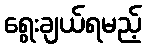
ရွေးချယ်ရမည့်